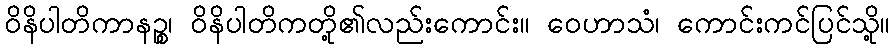
ဝိနိပါတိကာနဉ္စ၊ ဝိနိပါတိကတို့၏လည်းကောင်း။ ဝေဟာသံ၊ ကောင်းကင်ပြင်သို့။